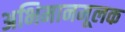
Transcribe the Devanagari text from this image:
अभिमानमूलक